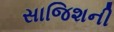
સાજિશની